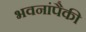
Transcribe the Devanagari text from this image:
भवनांपैकी